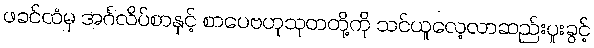
ဖခင်ထံမှ အင်္ဂလိပ်စာနှင့် စာပေဗဟုသုတတို့ကို သင်ယူလေ့လာဆည်းပူးခွင့်